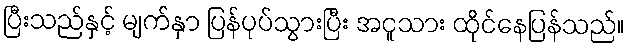
ပြီးသည်နှင့် မျက်နှာ ပြန်ပုပ်သွားပြီး အငူသား ထိုင်နေပြန်သည်။